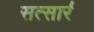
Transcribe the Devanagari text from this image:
सत्सार॔